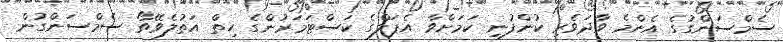
ސެމްސަންގުގެ އެންމެ ވާދަވެރި ކުންފުނި ކަމަށްވާ އެޕަލްގެ ކަސްޓަމަރުންގެ ހިތް އަތުލެވޭތޯ ސެމްސަންގުން